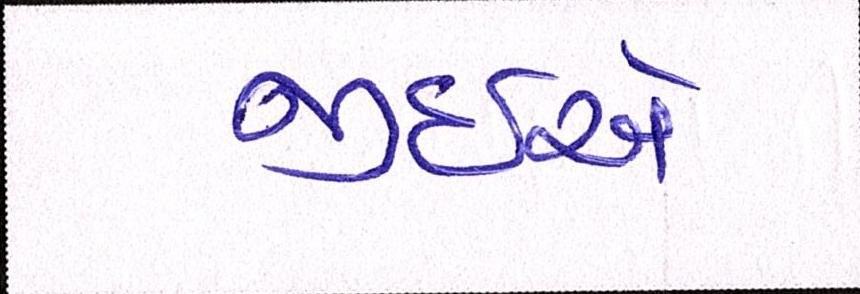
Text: જીઇએ